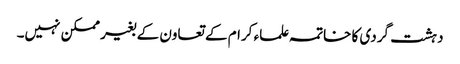
دہشت گردی کا خاتمہ علماء کرام کے تعاون کے بغیر ممکن نہیں۔